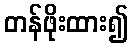
တန်ဖိုးထား၍